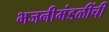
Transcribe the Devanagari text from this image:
भजनीमंडळींची